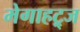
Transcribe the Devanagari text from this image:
मेगाहट्र्ज